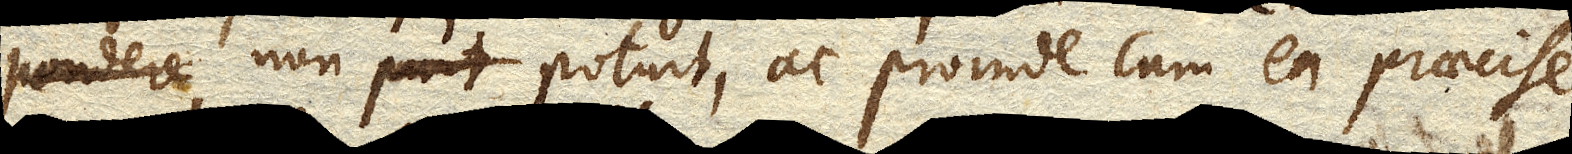
pondere non potuit, ac proinde cum ea praecise